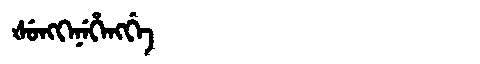
Manchu: ᡧᡠᠩᡴᡝᠨᡝᡥᡝᠩᡤᡝ
Romanization: ŠUNGKENEHENGGE